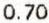
0.70